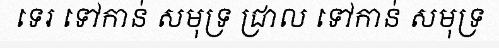
ទេរ ទៅកាន់ សមុទ្រ ជ្រាល ទៅកាន់ សមុទ្រ